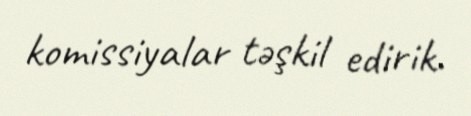
komissiyalar təşkil edirik.